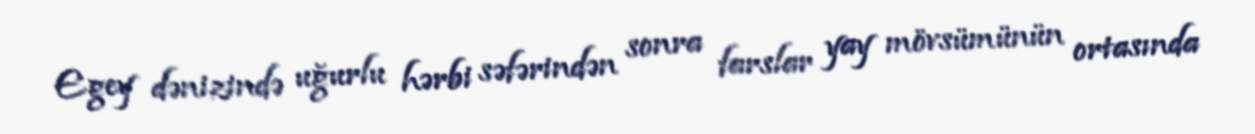
Egey dənizində uğurlu hərbi səfərindən sonra farslar yay mövsümünün ortasında